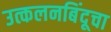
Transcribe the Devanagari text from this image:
उत्कलनबिंदूचा